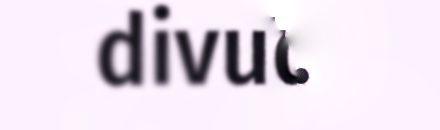
divudit.